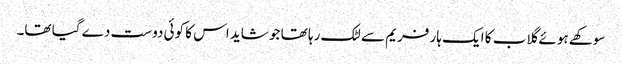
سوکھے ہوئے گلاب کا ایک ہار فریم سے لٹک رہا تھا جو شاید اس کا کوئی دوست دے گیا تھا۔